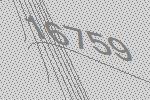
16759